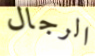
الرجال